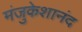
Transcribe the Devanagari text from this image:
मंजुकेशानंद